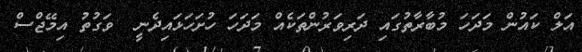
އަލް ކައުން މަދަހަ މުބާރާތުގައި ދަރިވަރުންތަކެއް މަދަހަ ހުށަހަޅައިދެނީ  ވަގުތު އިމޭޖްސް